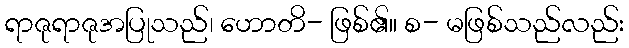
ရာဇုရာဇုအပြုသည်၊ ဟောတိ- ဖြစ်၏။ စ- မဖြစ်သည်လည်း